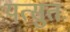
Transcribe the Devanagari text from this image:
यत्सुतः